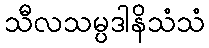
သီလသမ္ပဒါနိသံသံ